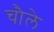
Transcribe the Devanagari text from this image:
चौले